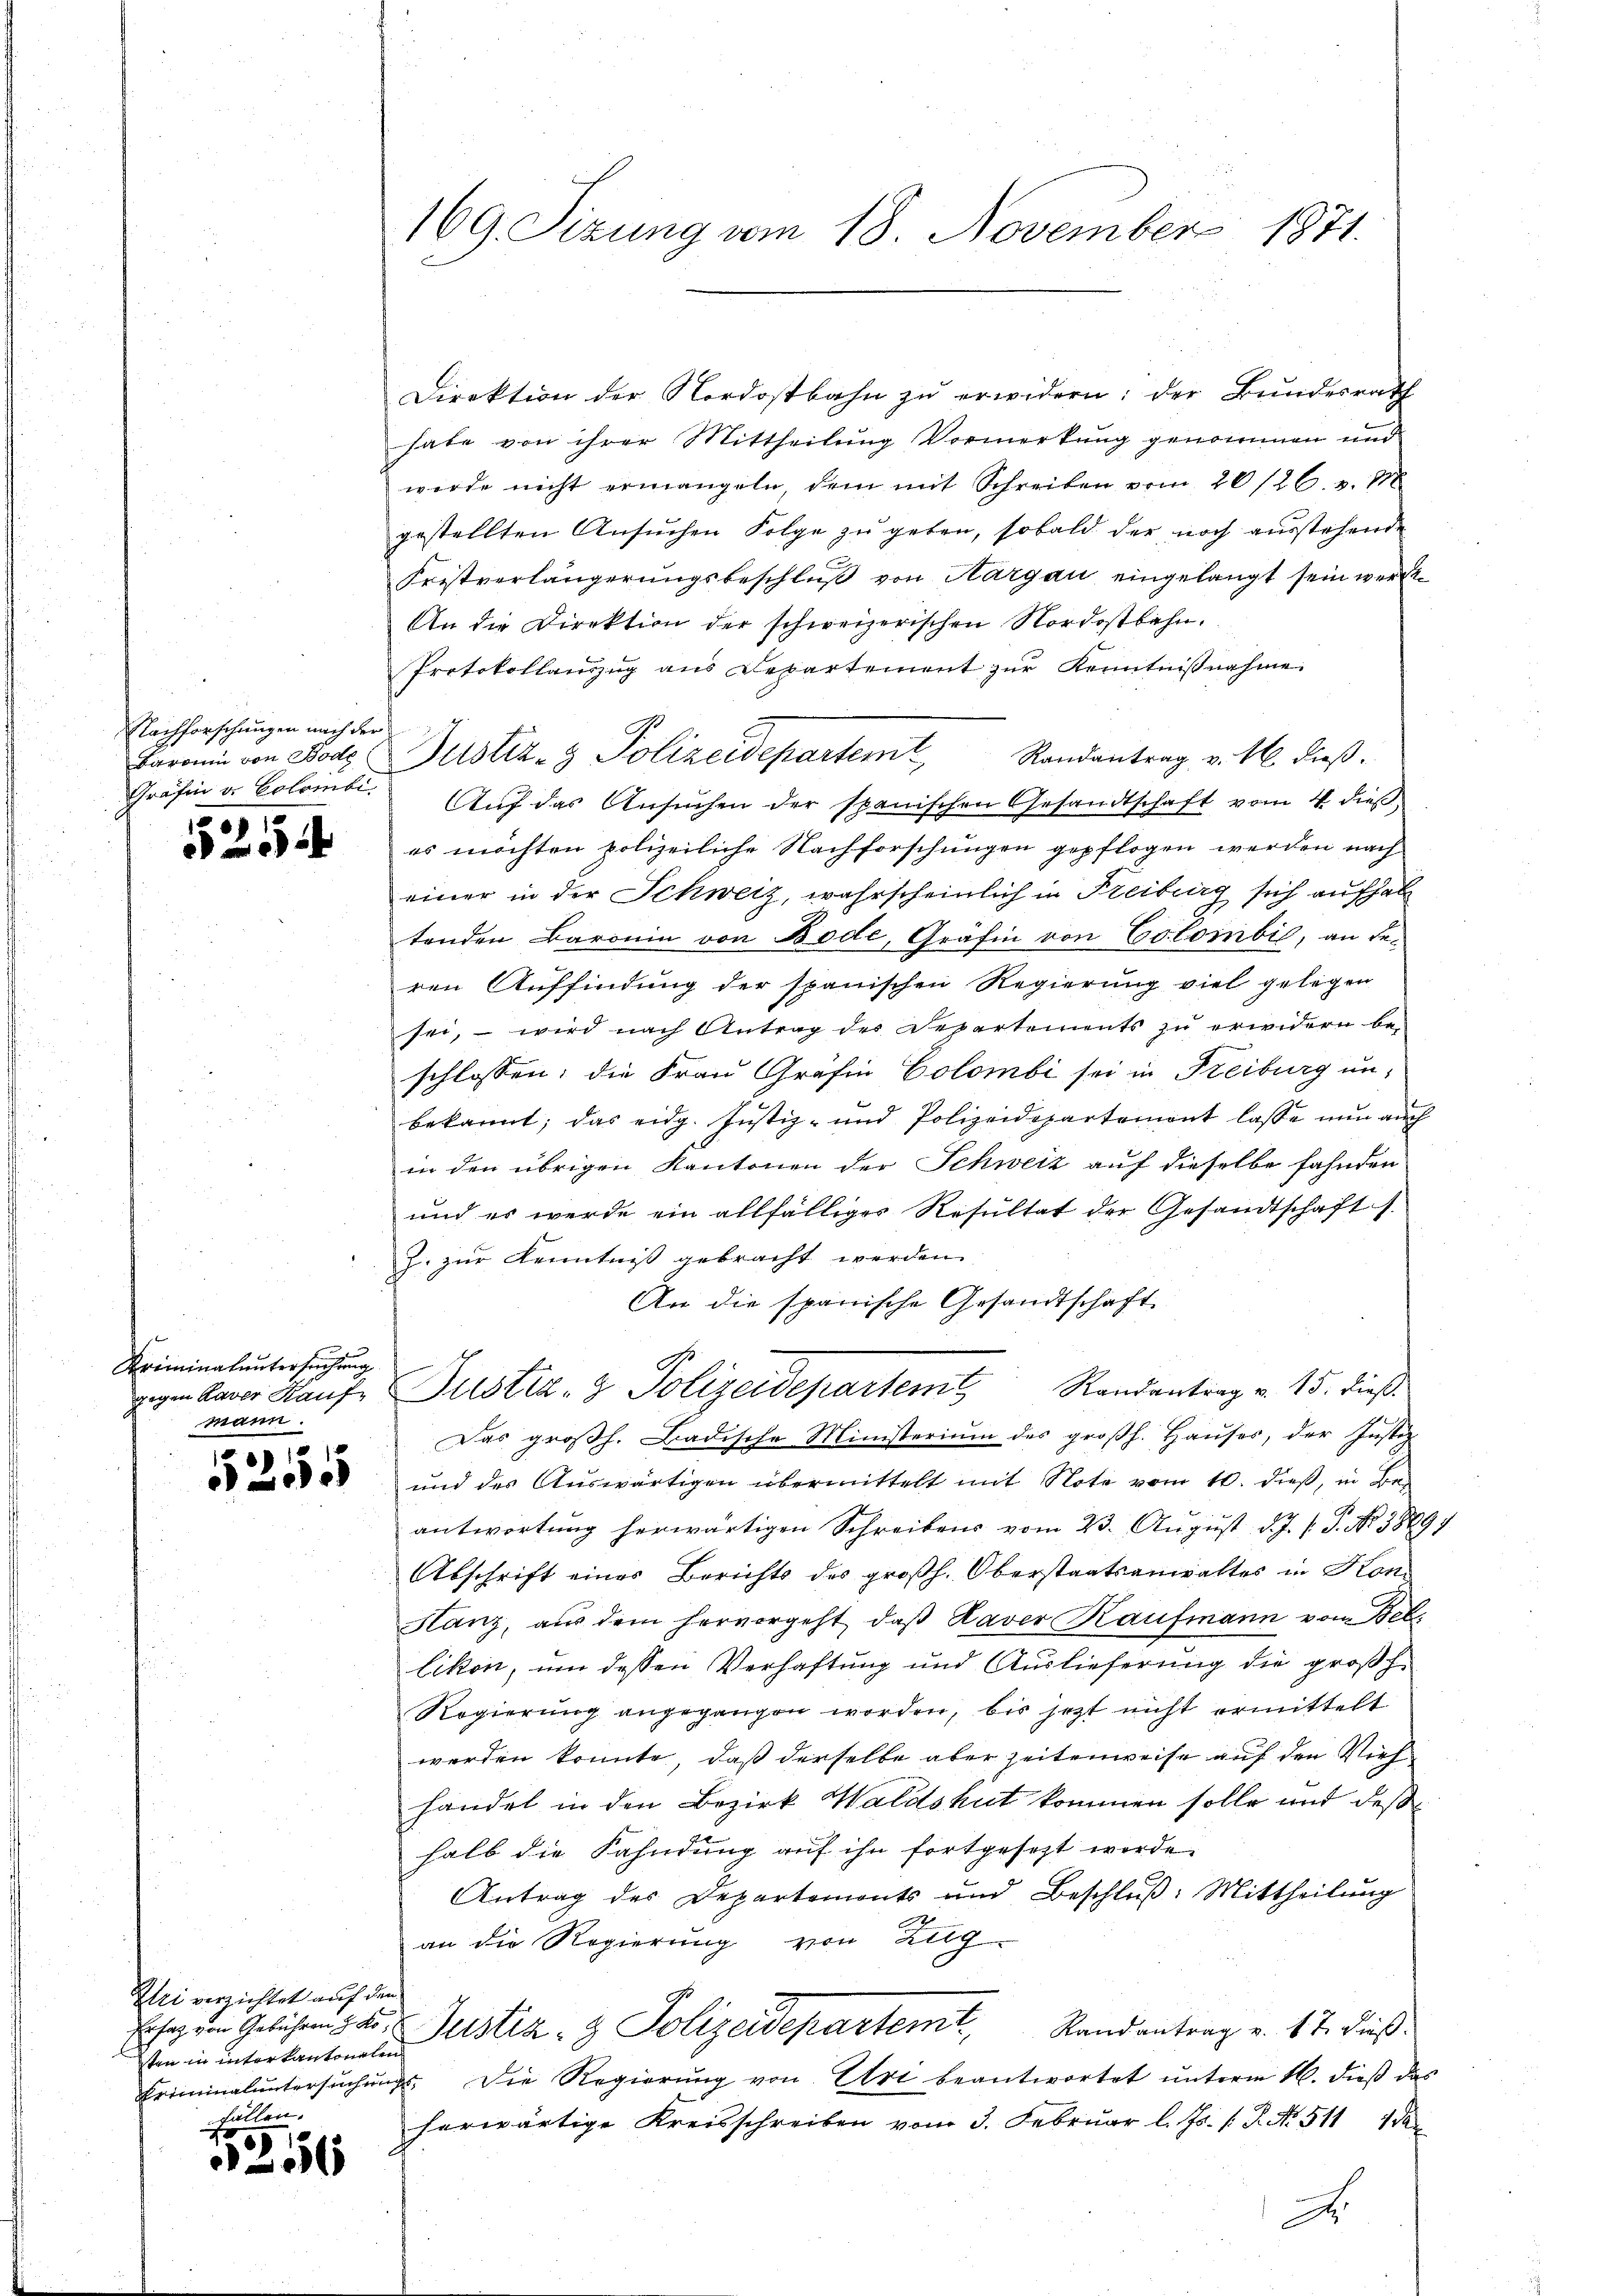
Nachforschungen nach der
Baronin von Bode
Gräfin u. Colombi
1

)

Kriminaluntersuchung
mann.

1
255

Zei verzichtet auf den
sten in interkantonalen
fällen.

5
2

169. Sizung vom 18. November 1871.

Direktion der Nordostbahn zu erwidern: der Bundesrath
habe von ihrer Mittheilung Vormerkung genommen und
werde nicht ermangeln, dem mit Schreiben vom 26/26. v. 188
gestellten Ansuchen Folge zu geben, sobald der noch ausstehende
Fristverlängerungsbeschluß von Aargau eingelangt sein werde.
An die Direktion der schweizerischen Nordostbahn.
Protokollauszug aus Departement zur Kenntnißnahme.
Justiz- & Polizeidepartemt,
Randantrag v. M. dieß.
Aŭf das Ansŭchen der spanischen Gesandtschaft vom 4. dieβ
es möchten polizeiliche Nachforschungen gepflogen werden nach
einer in der Schweiz, wahrscheinlich in Freiburg sich aufhab
tenden Baronin von Bode, Gräfin von Colombić, an de-
ren Auffindung der spanischen Regierung viel gelegen
sei, – wird nach Antrag des Departements zu erwidern be-
schlossen: die Frau Gräfin Colombi sei in Freiburg un-
bekannt; das eidg. Justiz- und Polizeidepartement lasse nŭn aŭch
in den übrigen Kantonen der Schweiz auf dieselbe fahnden
und es werde ein allfälliges Resultat der Gesandtschaft s.
Z. zur Kenntniß gebracht werden.
An die spanische Gesandtschaft
igen davor Kauf Justiz- & Polizeidepartem Randantrag v. 15. dieß
Das großh. Badische Ministerium des großh. Hauses, der Justiz
und des Auswärtigen übermittelt mit Note vom 10. dieß, in Be
antwortung herwärtigen Schreibens vom 23. August d. J. J. P. No. 1889
Abschrift eines Berichts des großh. Oberstaatsanwaltes in Kon-
Hanz, aus dem hervorgeht, daß Daver Kaufmann vom Beb
likon, um dessen Verhaftung und Auslieferung die großh.
Regierung angegangen worden, bis jetzt nicht ermittelt
werden konnte, daß derselbe aber zeitenweise auf den Viehhandel in den Bezirk Waldshut kommen solle und deß
halb die Fahndung auf ihn fortgesezt werde.
Antrag der Departemonts und Beschlŭβ: Mittheilŭng
an die Regierung von Zug
Ersatz den Gebühren der Justiz- & Polizeidepartem Randantrag v. 17. dieß
Criminaluntersŭchŭngs. Die Regierŭng von Uri beantwortet ŭnterm 16. dieβ das
herwärtige Kreisschreiben vom 3. Februar l. Js. v. P. Nr. 5117 da